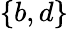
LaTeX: \{ b,d\}